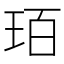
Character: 𤤿